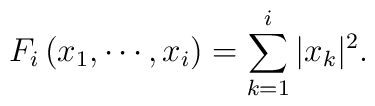
F_{i}\left( x_{1},\cdots ,x_{i}\right) =\sum_{k=1}^{i}|x_{k}|^{2}.